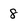
Character: 8